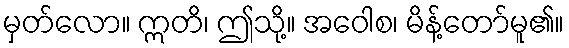
မှတ်လော။ ဣတိ၊ ဤသို့။ အဝေါစ၊ မိန့်တော်မူ၏။